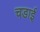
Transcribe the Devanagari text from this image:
चडाई